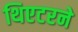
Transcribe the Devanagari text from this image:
थिएटरने